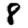
Digit: 8